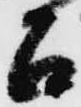
召